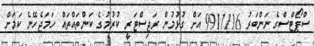
ސްޕޯޓްސްގެ ނަންބަރު 9911116 އަށް ގުޅުމުން ރަޖިސްޓަރީ ކުރުމުގެ ކަންތައްތައް ހަމަޖެހޭނެ ކަމަށް